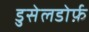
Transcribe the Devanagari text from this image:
डुसेलडोर्फ़